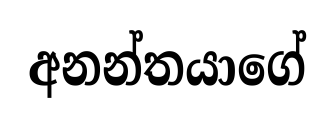
අනන්තයාගේ